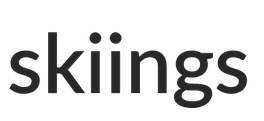
skiings